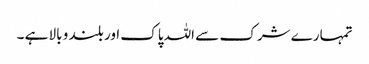
تمہارے شرک سے اللہ پاک اور بلند و بالا ہے ۔